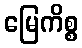
မြေကိစ္စ